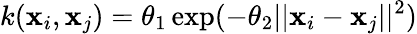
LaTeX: k(\textbf{x}_{i},\textbf{x}_{j})=\theta_{1}\exp(-\theta_{2}||\textbf{x}_{i}-\textbf{x}_{j}||^{2})